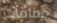
حماقات